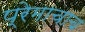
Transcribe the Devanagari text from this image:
प्रेमाचाच